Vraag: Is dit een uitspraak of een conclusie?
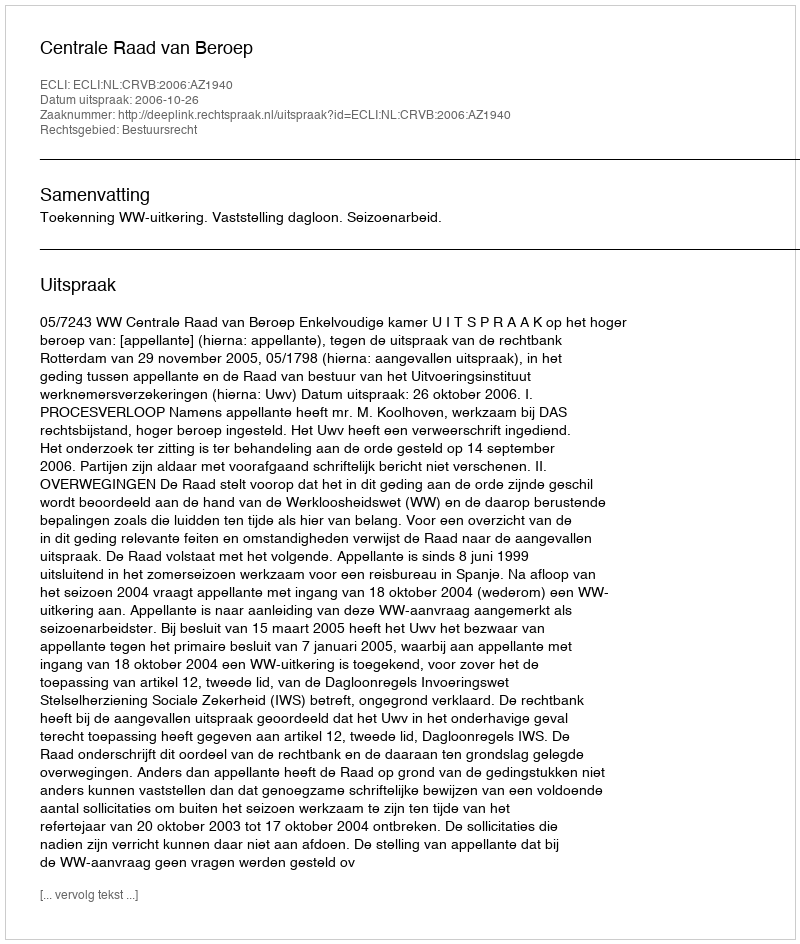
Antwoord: Uitspraak